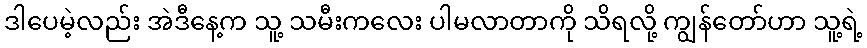
ဒါပေမဲ့လည်း အဲဒီနေ့က သူ့ သမီးကလေး ပါမလာတာကို သိရလို့ ကျွန်တော်ဟာ သူ့ရဲ့